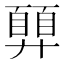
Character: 𢍳